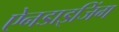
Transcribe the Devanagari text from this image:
ऐनडाइजिंग